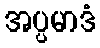
အပ္ပမာဒံ